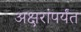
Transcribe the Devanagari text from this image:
अक्षरांपर्यंत